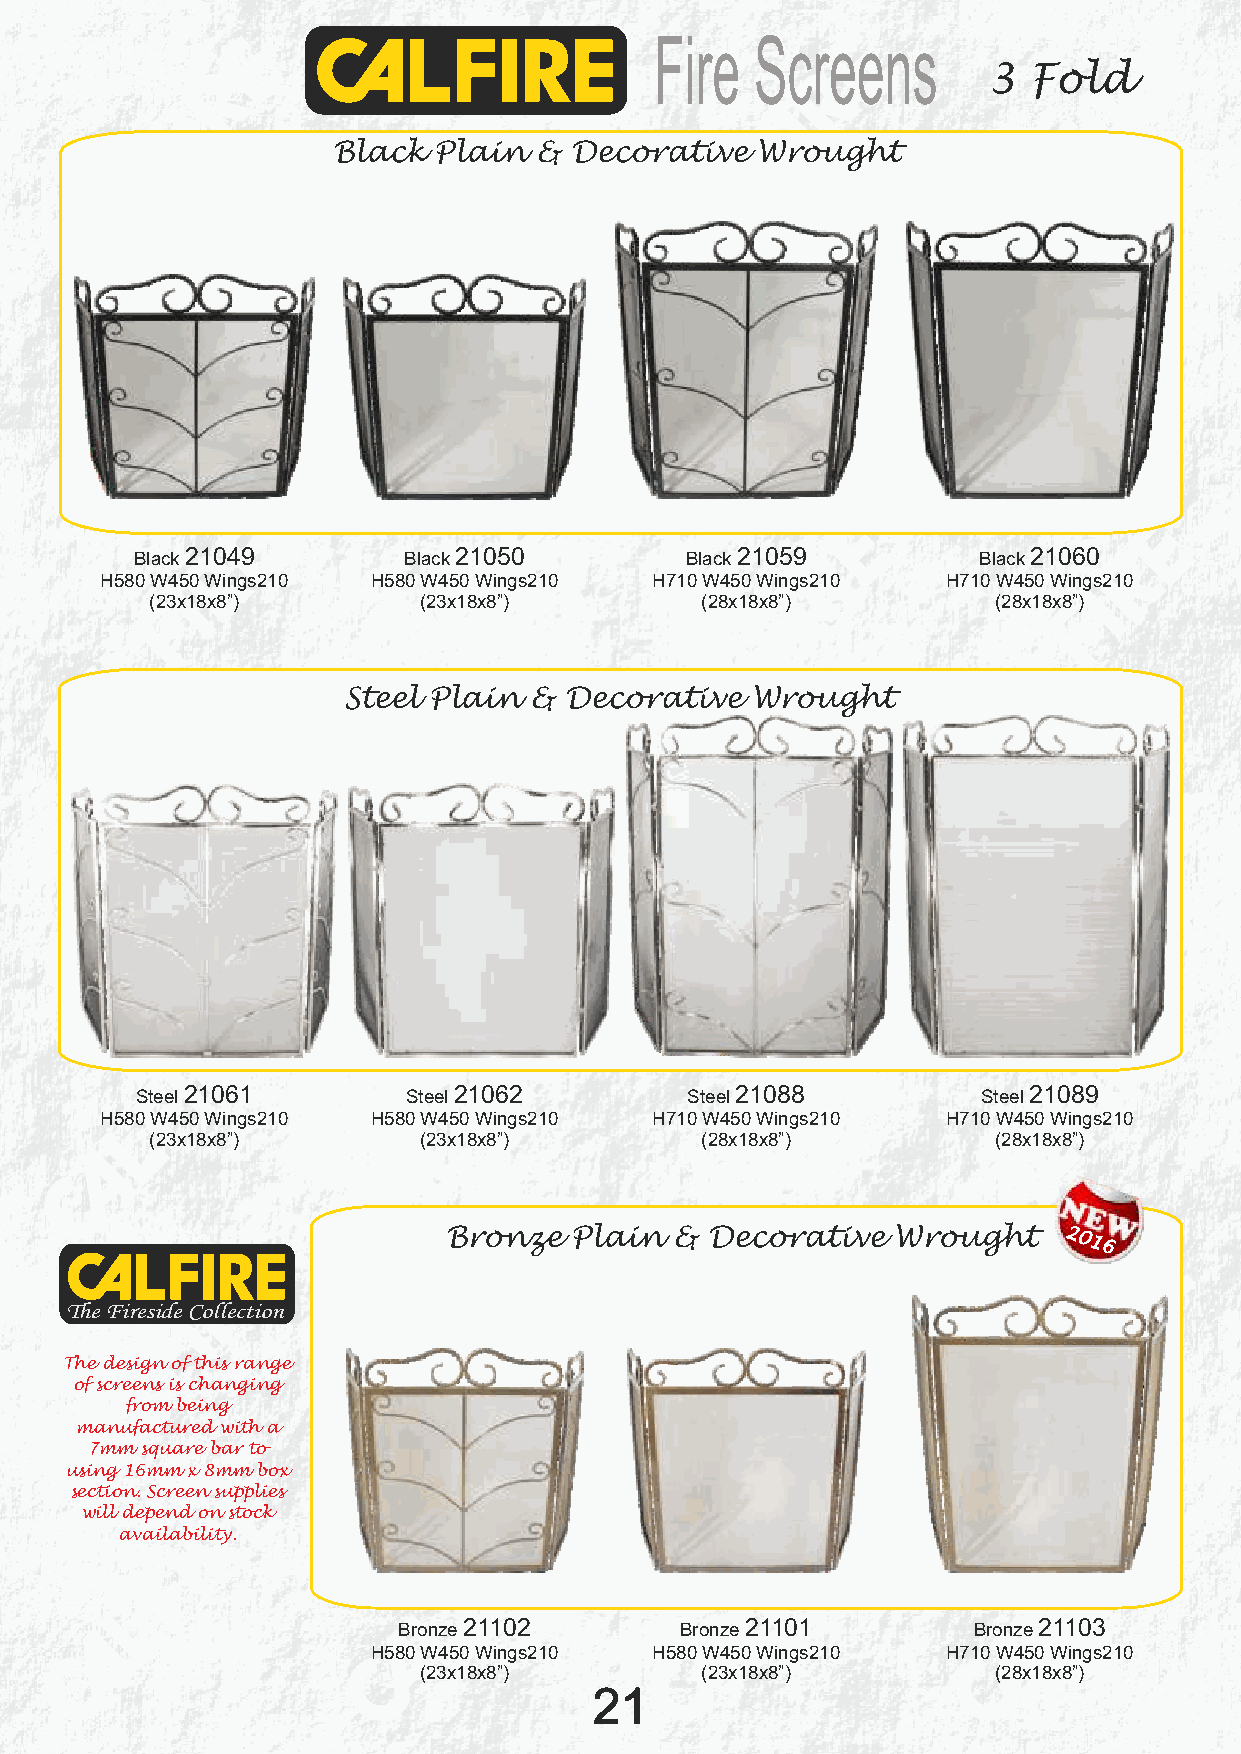
Fire   Screens
 3  Fold
 Black  Plain  & Decorative  Wrought
 Black 21049       Black 21050       Black 21059         Black 21060
 H580 W450 Wings210 H580 W450 Wings210 H710 W450 Wings210 H710 W450 Wings210
 (23x18x8”)        (23x18x8”)        (28x18x8”)          (28x18x8”)
 Steel Plain & Decorative   Wrought
 Steel 21061       Steel 21062       Steel 21088         Steel 21089
 H580 W450 Wings210 H580 W450 Wings210 H710 W450 Wings210 H710 W450 Wings210
 (23x18x8”)        (23x18x8”)        (28x18x8”)          (28x18x8”)
 Bronze  Plain  & Decorative  Wrought    2016
 The Fireside Collection
 The design of this range
 of screens is changing
 from being
 manufactured with a
 7mm square bar to
 using 16mm x 8mm box
 section. Screen supplies
 will depend on stock
 availability.
 Bronze 21102       Bronze 21101       Bronze 21103
 H580 W450 Wings210 H580 W450 Wings210 H710 W450 Wings210
 (23x18x8”)        (23x18x8”)          (28x18x8”)
 21